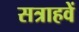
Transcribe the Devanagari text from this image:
सत्राहवें